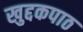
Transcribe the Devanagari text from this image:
खुद्दकपाठ